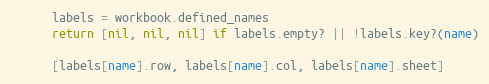
Language: Ruby
      labels = workbook.defined_names
      return [nil, nil, nil] if labels.empty? || !labels.key?(name)

      [labels[name].row, labels[name].col, labels[name].sheet]